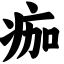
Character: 痂